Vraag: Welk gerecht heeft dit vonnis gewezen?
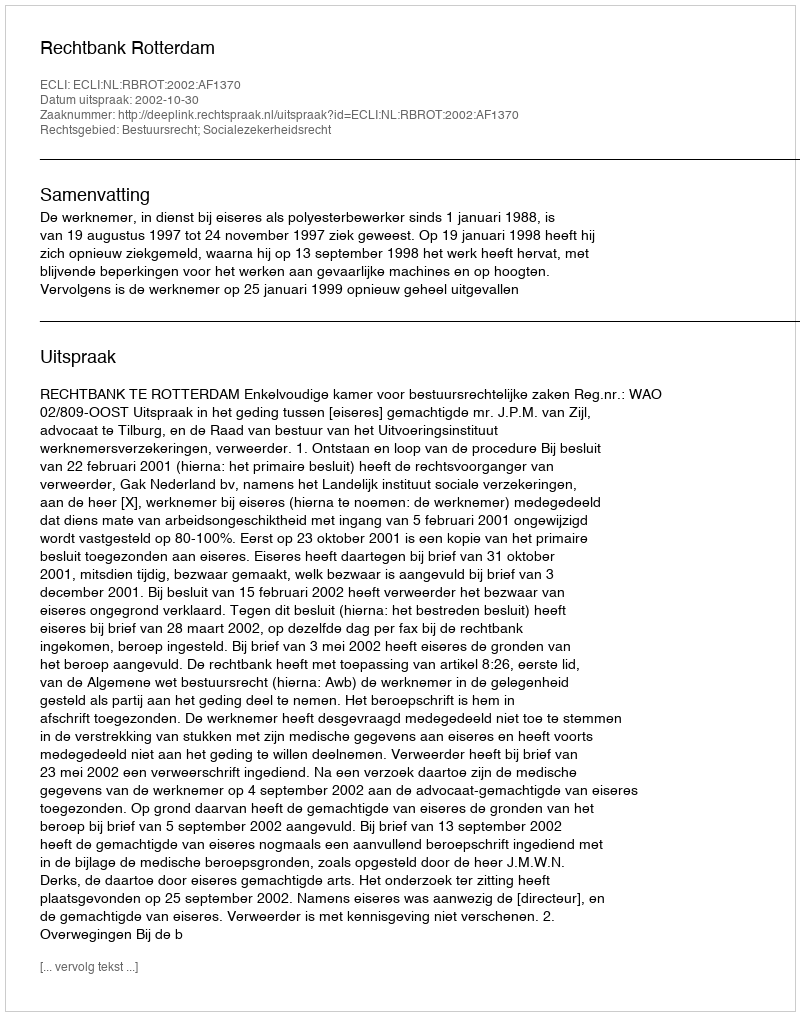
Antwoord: Rechtbank Rotterdam